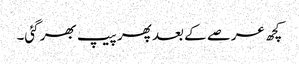
کچھ عرصے کے بعد پھر پیپ بھر گئی۔